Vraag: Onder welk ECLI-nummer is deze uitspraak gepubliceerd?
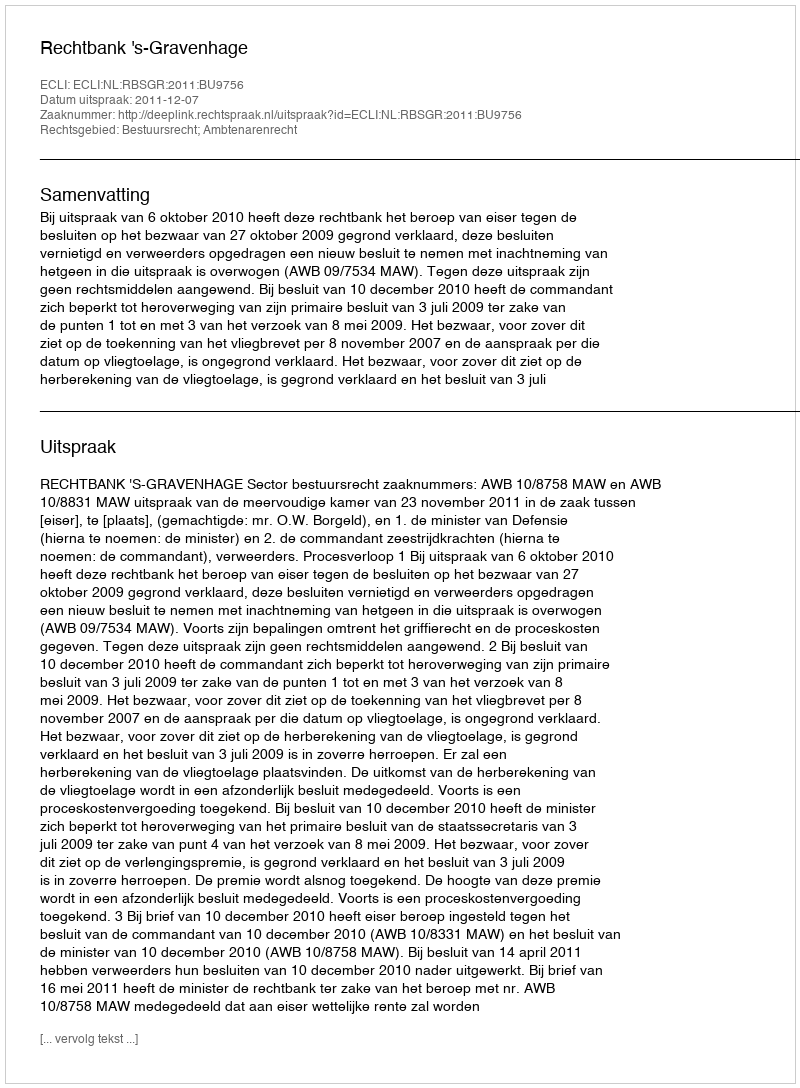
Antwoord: ECLI:NL:RBSGR:2011:BU9756